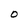
Character: O